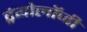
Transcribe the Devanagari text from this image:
ट्रेयोलॉजी